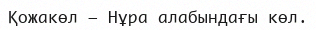
Қожакөл – Нұра алабындағы көл.